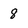
Character: 8